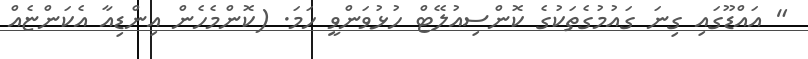
" އައްޑޫގައި ގިނަ ގައުމުގެތަކުގެ ކޮންސިއުލޭޓް ހުޅުވަންވީ ހަމަ. (ކޮންމެހެން އިންޑިއާ އެކަންޏެއް